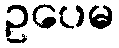
ဥပေမ